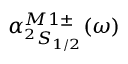
\alpha _ { ^ 2 S _ { 1 / 2 } } ^ { M 1 \pm } ( \omega )